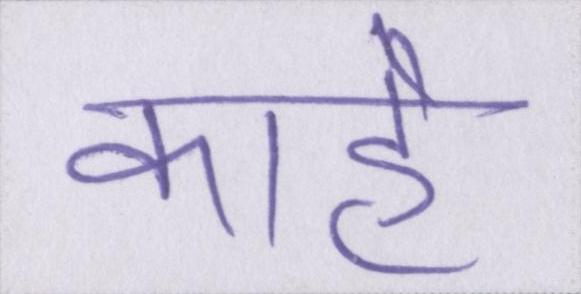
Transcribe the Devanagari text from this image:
काहे